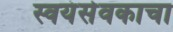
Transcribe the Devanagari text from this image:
स्वयंसेवकाचा